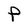
Character: P